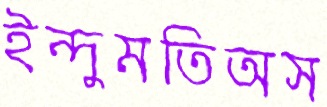
ইন্দুমতিঅস